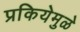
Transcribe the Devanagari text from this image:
प्रकियेमुळे